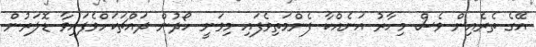
އޭގެ ތެރެއިން ވެސް މިހާރު އަނެއްކާ ފެންމަތިވެފައި މިވަނީ ހޯދުން ދައްޗަކަށްވެފައިވާ ޑޮލަރުން